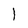
Character: l